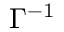
\Gamma ^ { - 1 }